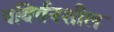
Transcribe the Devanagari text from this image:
पविर्तनशील